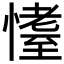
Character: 𱟆